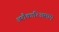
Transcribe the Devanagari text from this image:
अरौकारिअसाए